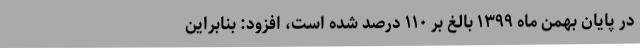
در پایان بهمن ماه ۱۳۹۹ بالغ بر ۱۱۰ درصد شده است، افزود: بنابراین